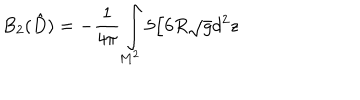
LaTeX: B _ { 2 } ( \hat { D } ) = - { \frac { 1 } { 4 \pi } } \int _ { M ^ { 2 } } ^ { } 5 / 6 R \sqrt { g } d ^ { 2 } z